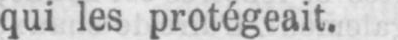
qui les protégeait.